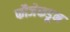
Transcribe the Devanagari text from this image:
फौजेकडून